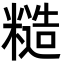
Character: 糙